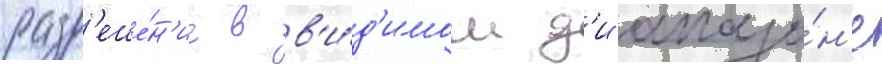
разр'еше́н'ие в в'и́д'имом д'иапазо́н'е